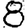
Digit: 8